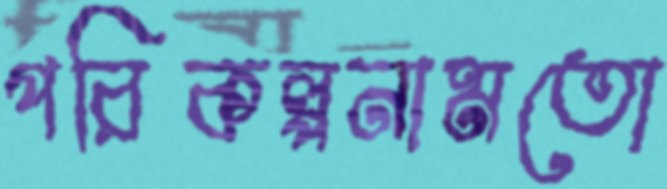
পরিকল্পনামতো